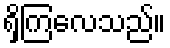
ရှိကြလေသည်။